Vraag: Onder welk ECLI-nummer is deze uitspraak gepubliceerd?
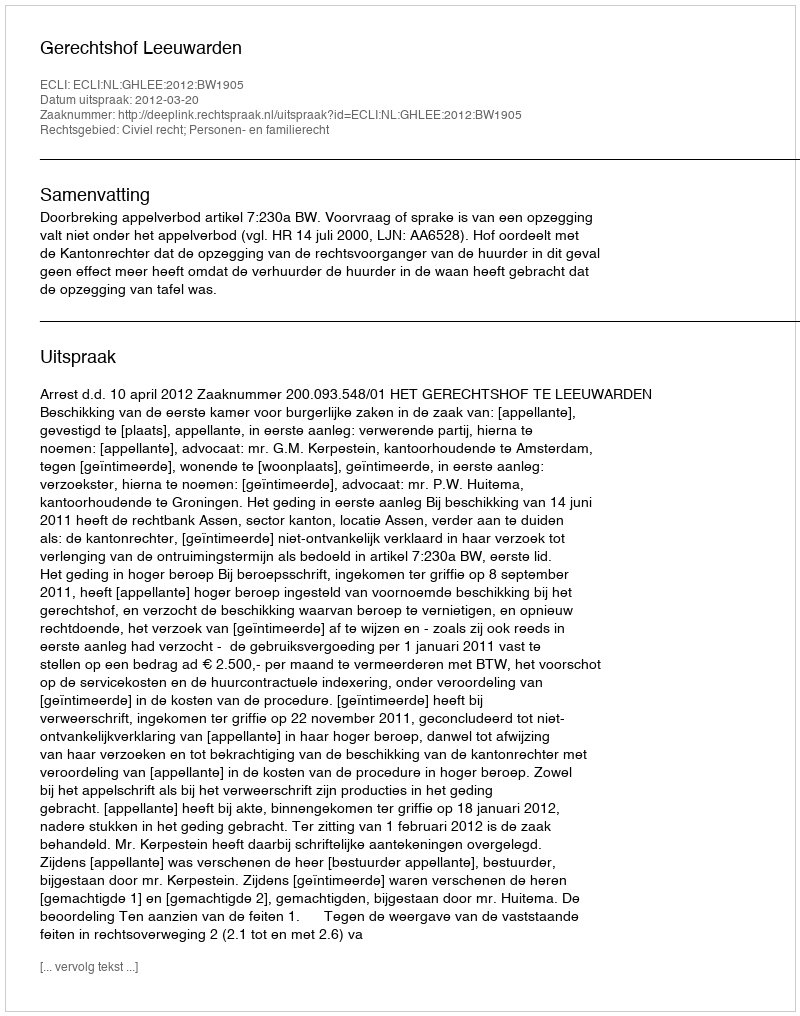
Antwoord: ECLI:NL:GHLEE:2012:BW1905